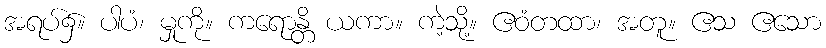
အရပ်၌။ ပါပံ၊ မှုကို။ ကရောန္တိ ယကာ။ ကဲ့သို့။ ဧဝံတထာ၊ အတူ။ ဧသ ဧသော